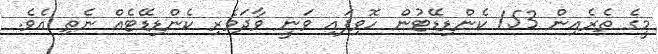
މީގެ ތެރެއިން 153 ކެންޑިޑޭޓުން ހޮވިފައި ވަނީ ވާދަވެރި ކެންޑިޑޭޓެއް ނެތި އެވެ.